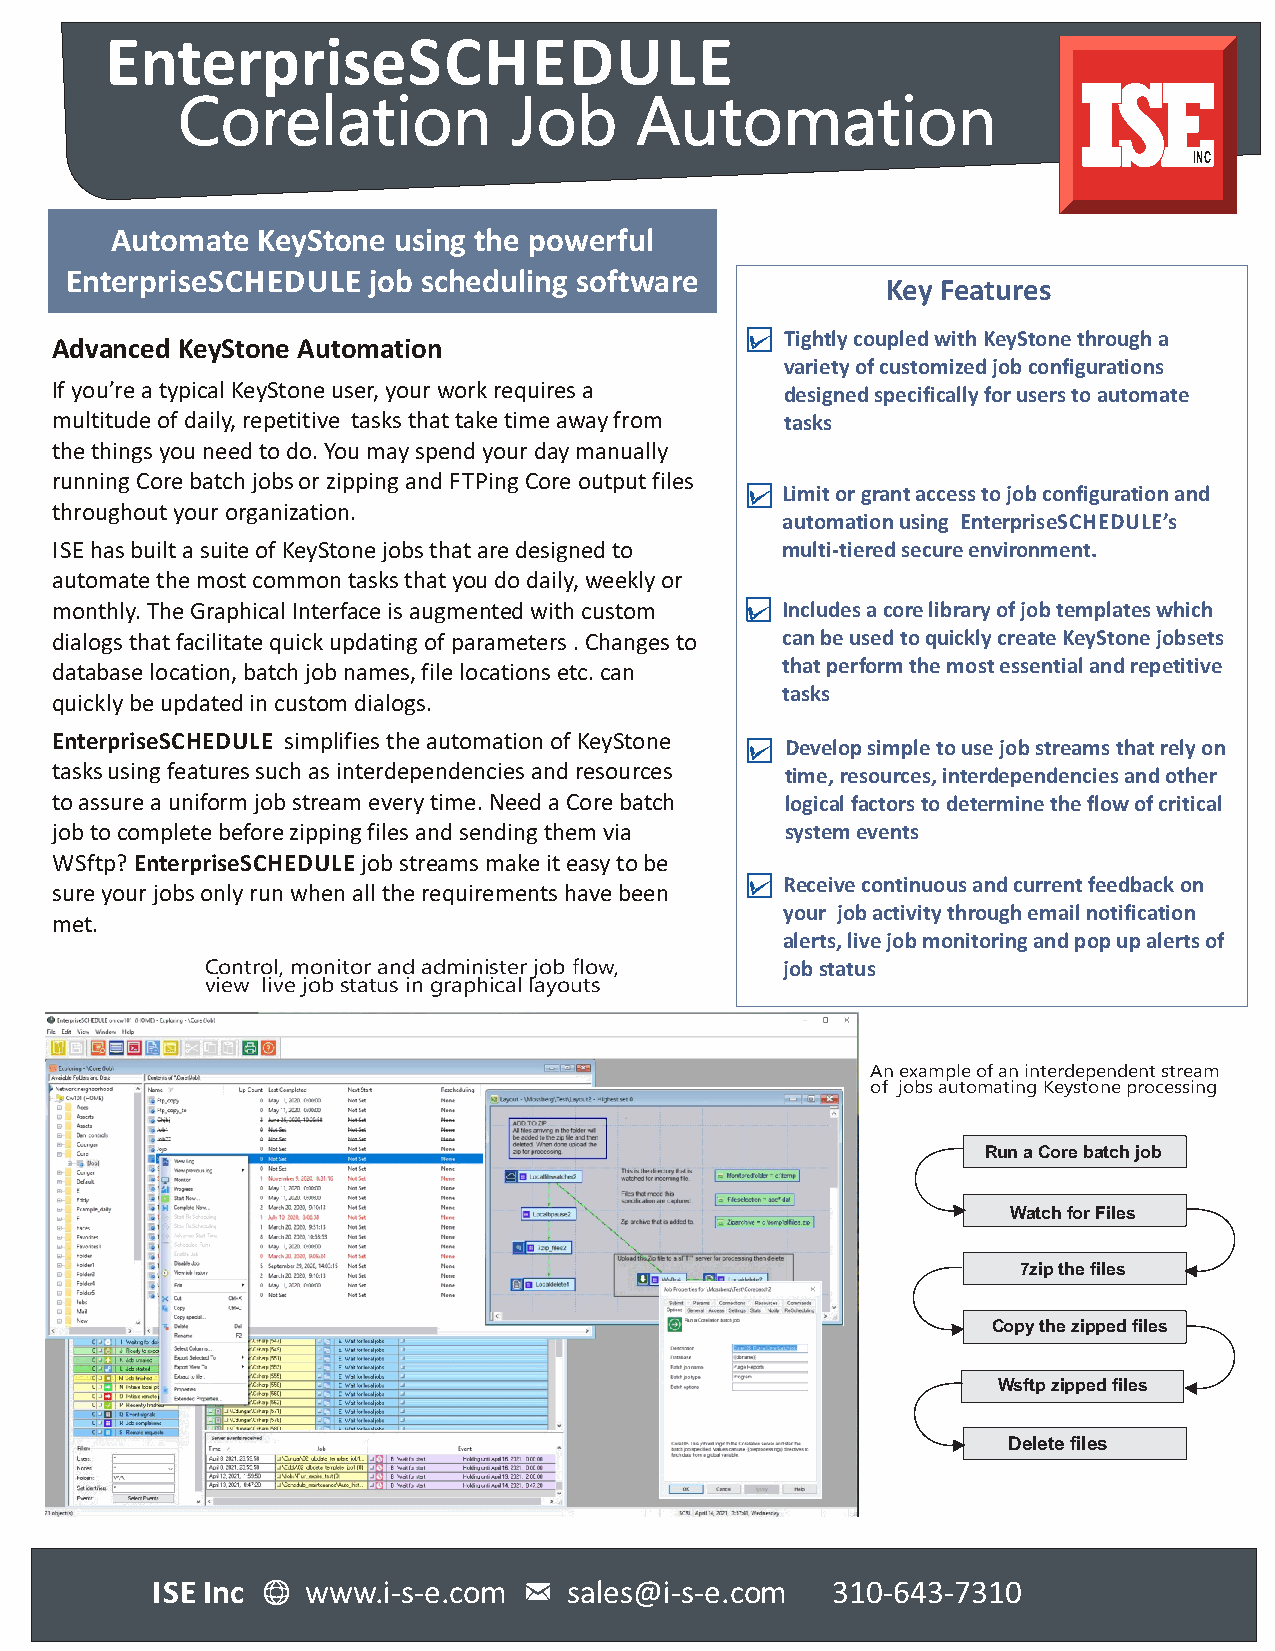
EnterpriseSCHEDULE
 Corelation            Job     Automation
 INC
 Automate  KeyStone using the powerful
 EnterpriseSCHEDULE  job scheduling software
 Key Features
 Tightly coupled with KeyStone through a
 Advanced KeyStone Automation
 variety of customized job configurations
 If you’re a typical KeyStone user, your work requires a designed specifically for users to automate
 multitude of daily, repetitive tasks that take time away from tasks
 the things you need to do. You may spend your day manually
 running Core batch jobs or zipping and FTPing Core output files
 Limit or grant access to job configuration and
 throughout your organization.
 automation using EnterpriseSCHEDULE’s
 ISE has built a suite of KeyStone jobs that are designed to multi-tiered secure environment.
 automate the most common tasks that you do daily, weekly or
 monthly. The Graphical Interface is augmented with custom Includes a core library of job templates which
 dialogs that facilitate quick updating of parameters . Changes to can be used to quickly create KeyStone jobsets
 database location, batch job names, file locations etc. can that perform the most essential and repetitive
 tasks
 quickly be updated in custom dialogs.
 EnterpriseSCHEDULE simplifies the automation of KeyStone
 Develop simple to use job streams that rely on
 tasks using features such as interdependencies and resources time, resources, interdependencies and other
 to assure a uniform job stream every time. Need a Core batch logical factors to determine the flow of critical
 job to complete before zipping files and sending them via system events
 WSftp? EnterpriseSCHEDULE job streams make it easy to be
 Receive continuous and current feedback on
 sure your jobs only run when all the requirements have been
 your job activity through email notification
 met.
 alerts, live job monitoring and pop up alerts of
 Control, monitor and administer job flow, job status
 view live job status in graphical layouts
 An example of an interdependent stream
 of jobs automating Keystone processing
 Run a Core batch job
 Watch for Files
 7zip the files
 Copy the zipped files
 Wsftp zipped files
 Delete files
 ISE Inc   www.i-s-e.com     sales@i-s-e.com  310-643-7310